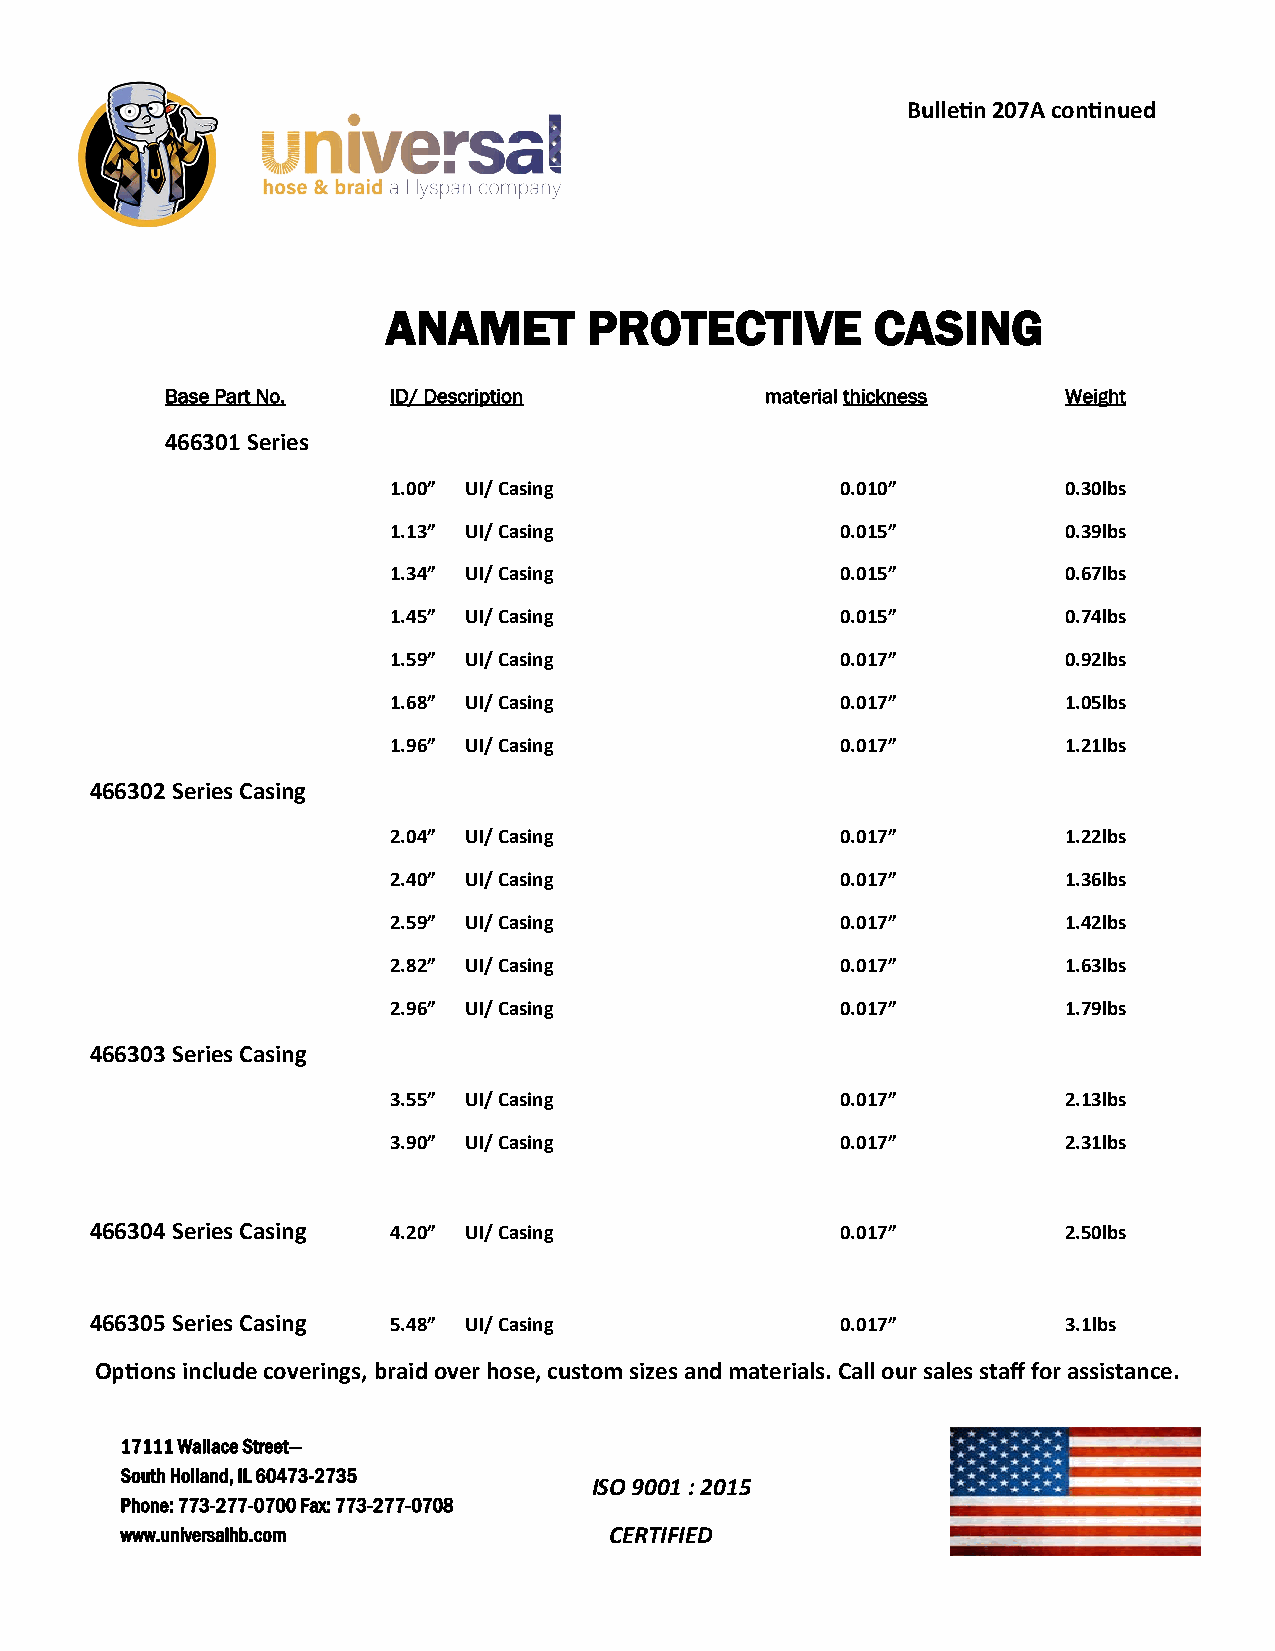
Bulletin 207A continued
 ANAMET       PROTECTIVE         CASING
 Base Part No.  ID/ Description          material thickness  Weight
 466301 Series
 1.00” UI/ Casing              0.010”         0.30lbs
 1.13” UI/ Casing              0.015”         0.39lbs
 1.34” UI/ Casing              0.015”         0.67lbs
 1.45” UI/ Casing              0.015”         0.74lbs
 1.59” UI/ Casing              0.017”         0.92lbs
 1.68” UI/ Casing              0.017”         1.05lbs
 1.96” UI/ Casing              0.017”         1.21lbs
 466302 Series Casing
 2.04” UI/ Casing              0.017”         1.22lbs
 2.40” UI/ Casing              0.017”         1.36lbs
 2.59” UI/ Casing              0.017”         1.42lbs
 2.82” UI/ Casing              0.017”         1.63lbs
 2.96” UI/ Casing              0.017”         1.79lbs
 466303 Series Casing
 3.55” UI/ Casing              0.017”         2.13lbs
 3.90” UI/ Casing              0.017”         2.31lbs
 466304 Series Casing 4.20” UI/ Casing             0.017”         2.50lbs
 466305 Series Casing 5.48” UI/ Casing             0.017”         3.1lbs
 Options include coverings, braid over hose, custom sizes and materials. Call our sales staff for assistance.
 17111 Wallace Street—
 South Holland, IL 60473-2735
 ISO 9001 : 2015
 Phone: 773-277-0700 Fax: 773-277-0708
 www.universalhb.com             CERTIFIED